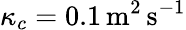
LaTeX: \kappa_{c}=0.1\, \mathrm{{m^{2}\, s^{-1}}}